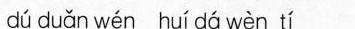
dú duǎn wén huí dá wèn tí